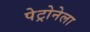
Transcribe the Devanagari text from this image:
पेट्रोनेला